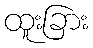
ထူးခြား